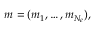
m = ( m _ { 1 } , \ldots , m _ { N _ { e } } ) ,